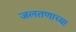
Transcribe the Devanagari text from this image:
जलतणाच्या